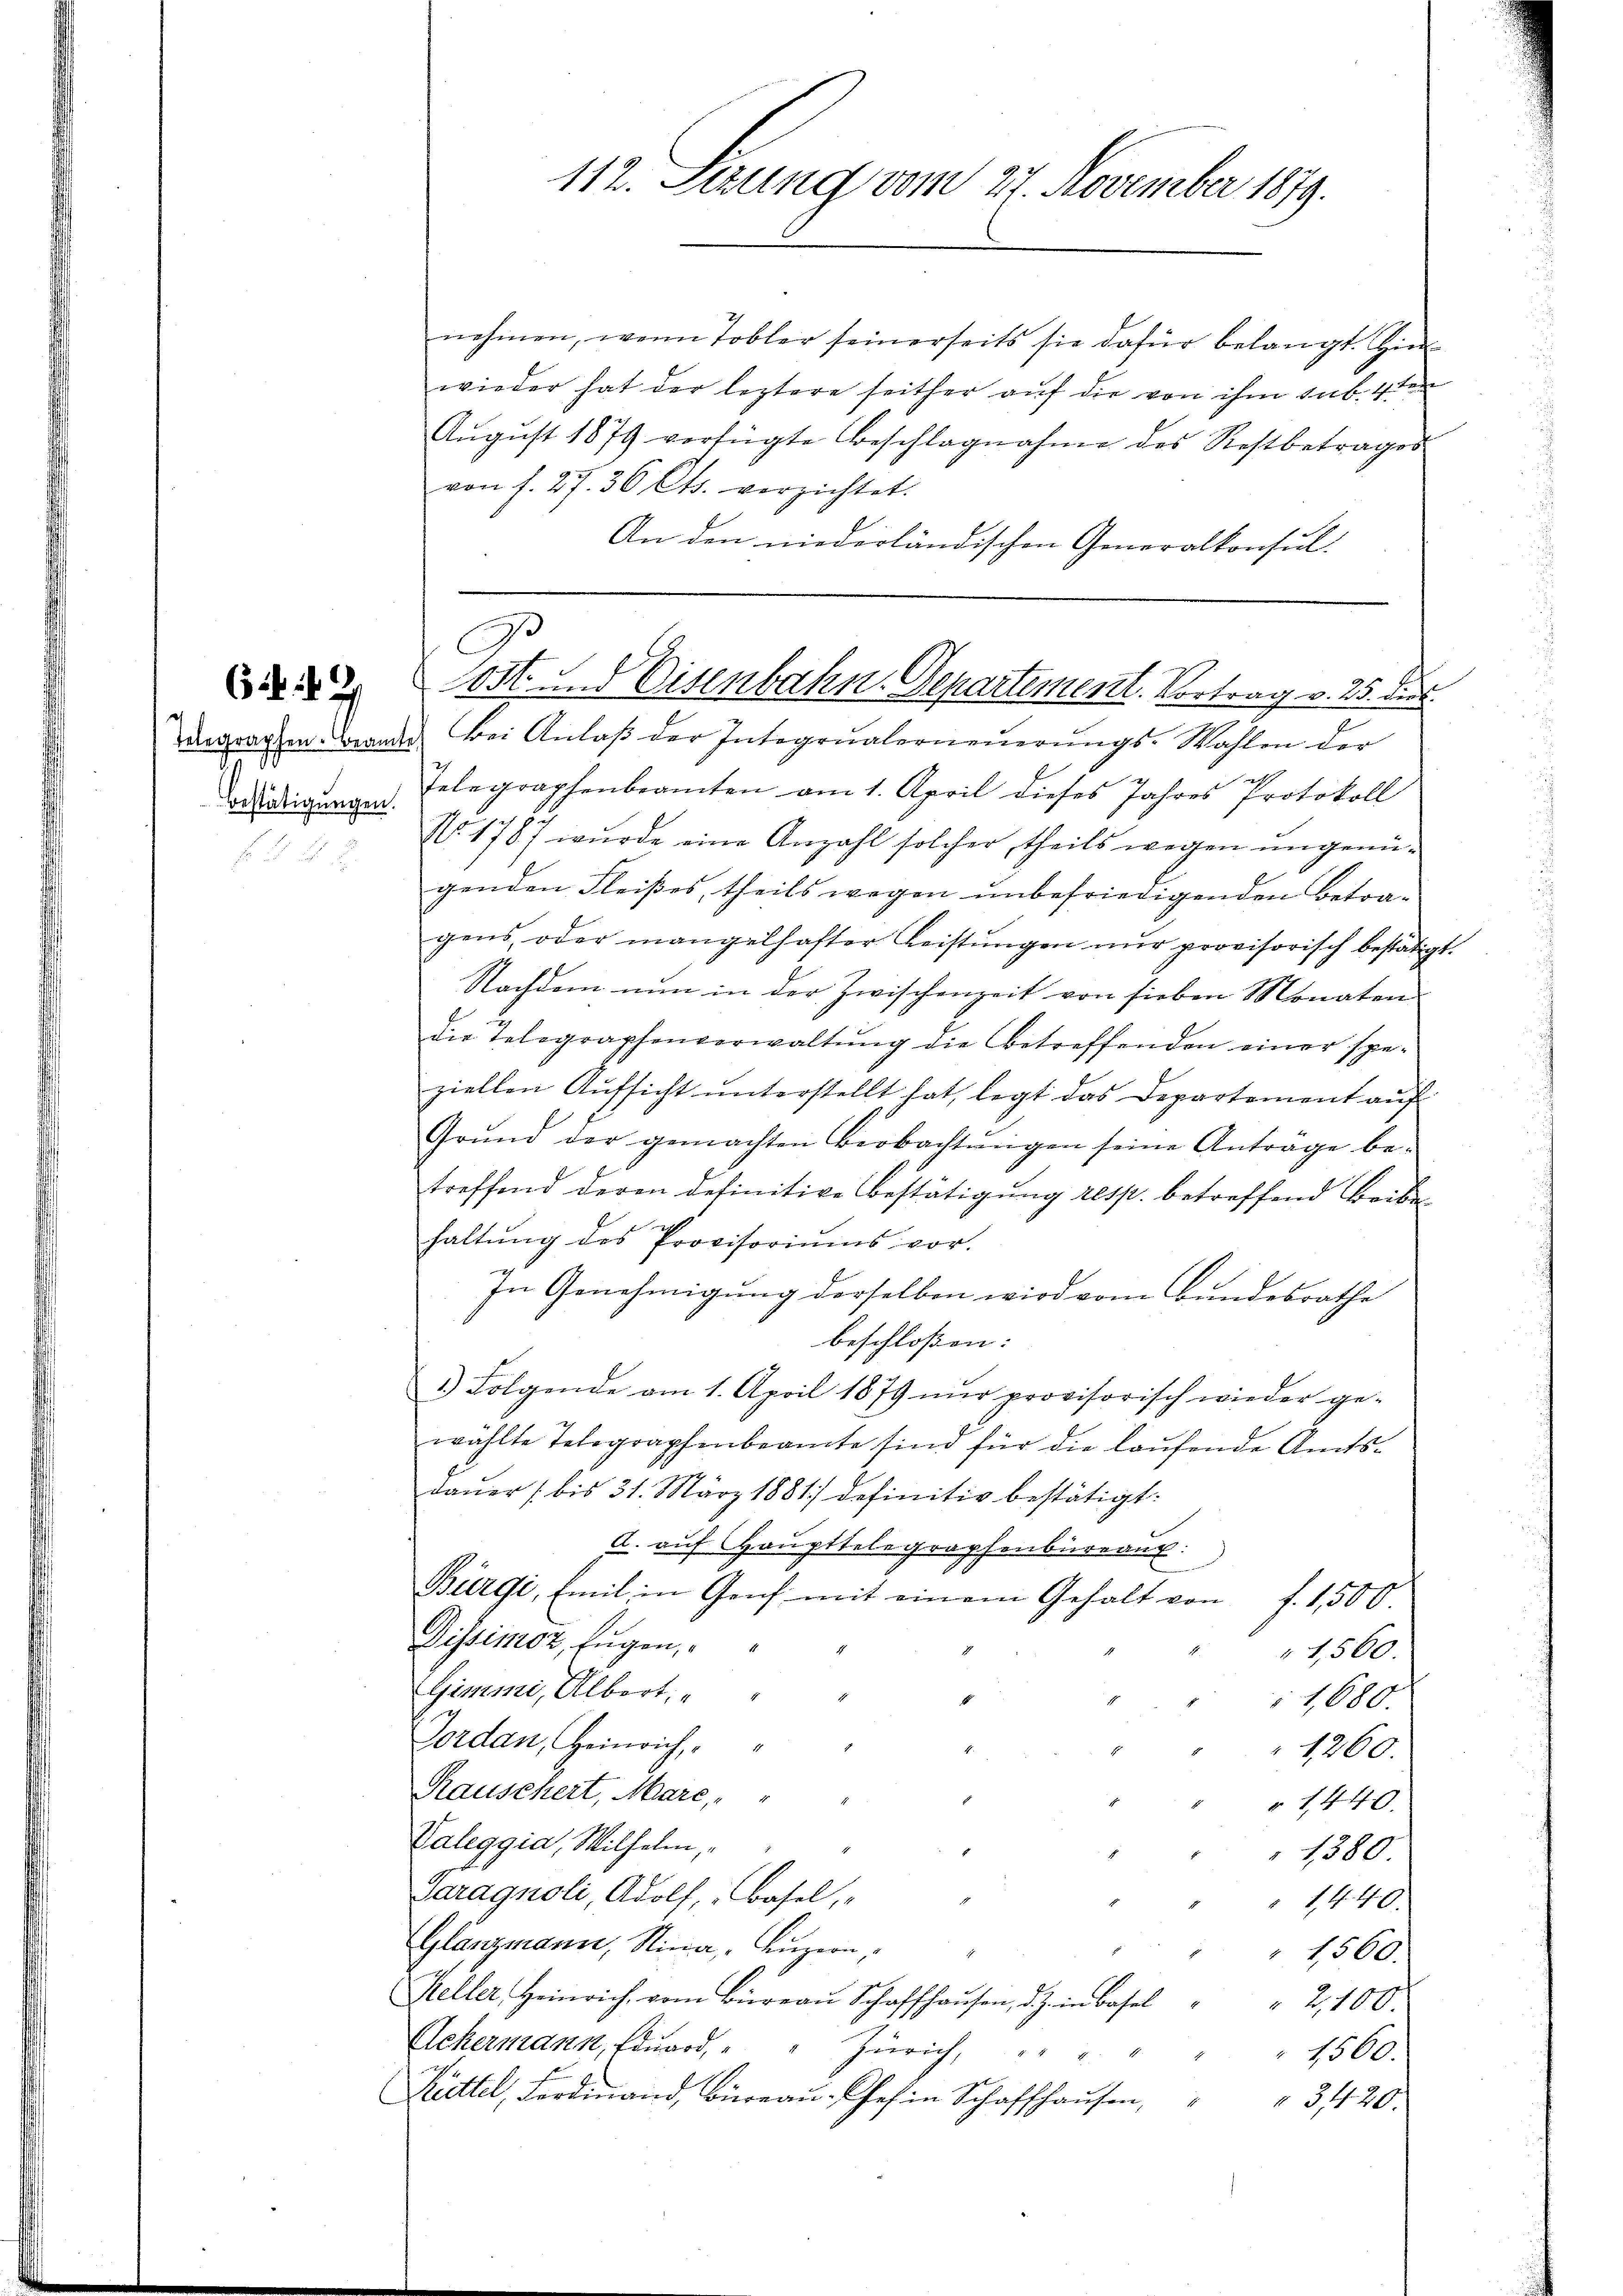
61. 42

Telegraphen. Beam
Bestätigungen.

nehmen, wenn Tobler seinerseits sie dafür belangt. Hinwieder hat der leztere seither auf die von ihm sub. 4ten
Aŭgŭst 1879 verfügte Beschlagnahme des Restbetrages
von f. 27. 36 Cts. verzichtet.
An den niederländischen Generalkonsul-

112. Setzung vom 27. November 1879.

C
ost und Eisenbahn. Departement. Vortrag v. 25. dies

u. Bei Anlaβ der Integrŭalerneŭerŭngs-Wahlen der
a
telegraphenbeamten am 1. April dieses Jahres Protokoll
No. 1787 wurde eine Anzahl solcher, theils wegen ungenügenden Fleißes, theils wegen unbefriedigenden Betra-
gens, oder mangelhafter Leistŭngen nŭr provisorisch bestätigt.
Nachdem nun in der Zwischenzeit von sieben Monaten
die Telegraphenverwaltŭng die betreffenden einer spe-
ziellen Aufsicht unterstellt hat, legt das Departement auf
Grŭnd der gemachten Beobachtŭngen seine Antrage be-
treffend deren definitive Bestätigung resp. betreffend Beibe
haltŭng des Provisoriŭms vor.
In Genehmigung derselben wird vom Bundesrathe
beschloßen:
1.) Folgende am 1. April 1879 nŭr provisorisch wieder ge-
wählte Telegraphenbeamte sind für die laŭfende Amts-
dauer 1 bis 31. März 1881] definitiv bestätigt.
d. auf Haupttelegraphenbureau
Bürgi, Emil in Genf mit einem Gehalt von f. 1,500.
Dissimoz, Eugen,
1,560.
Gimmi, Albert,
1680.
Jordan, Heinrich,
1260.
Rauschert, Mare,
 1440.
Valeggia, Wilhelm,
1380
Saragnoli, Adolf, Basel,
" 14. 49
Glänzmann, Nina, Luzern,
" 1560.
Keller Heinrich, vom Büreaŭ Schaffhausen, d. J. in Basel
2,100.
Ackermann, Eduard " " Zürich,
1500.
Kittel, Ferdinand, Büreaŭ ein Schaffhaŭsen, " " 3420.